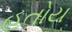
હતોય